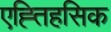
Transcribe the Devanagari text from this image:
एह्तिहसिक